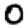
Digit: 0